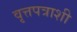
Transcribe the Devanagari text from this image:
वृत्तपत्राशी